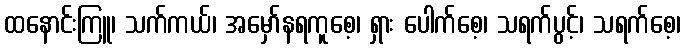
ထနောင်းကြူ၊ သက်ကယ်၊ အမှော်နရကူစေ့၊ ရှား ပေါက်စေ့၊ သရက်ပွင့်၊ သရက်စေ့၊